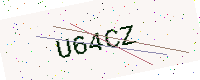
Text: U64CZ